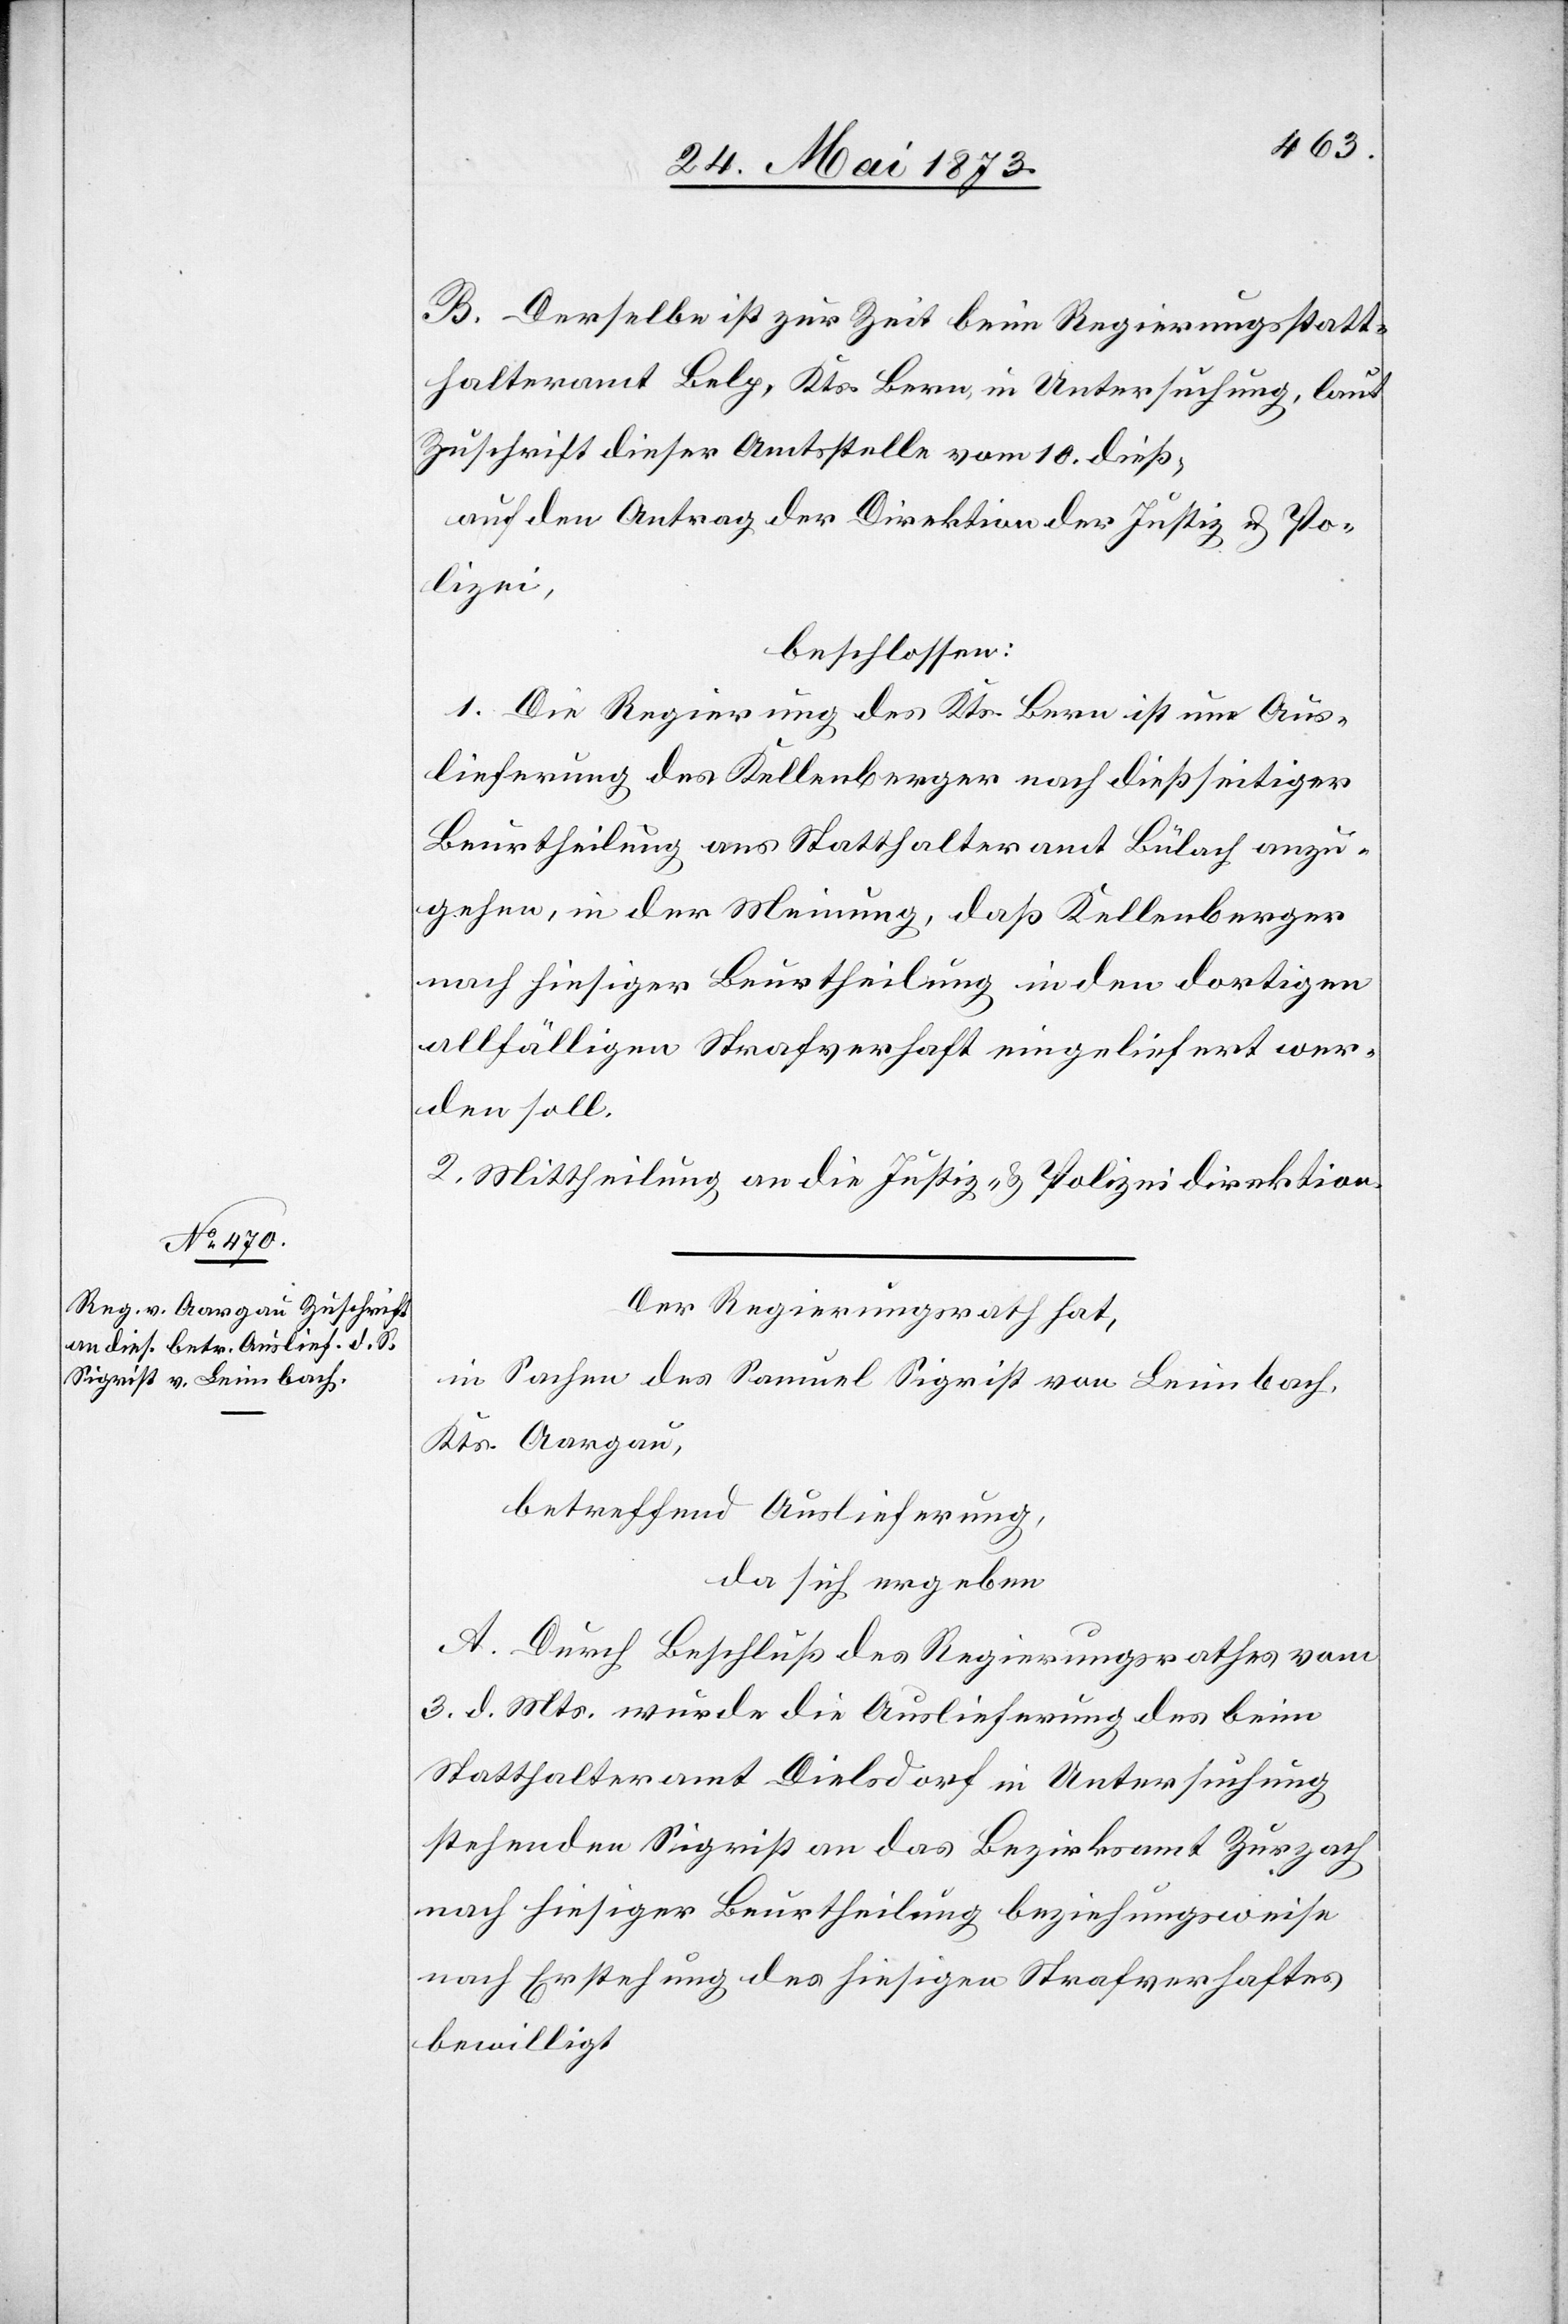
B. Derselbe ist zur Zeit beim Regierungsstatt¬
halteramt Belp, Kts. Bern, in Untersuchung, laut
Zuschrift dieser Amtsstelle vom 10. dieß,
auf den Antrag der Direktion der Justiz & Po¬
lizei,
beschlossen:
1. Die Regierung des Kts. Bern ist um Aus¬
lieferung des Kellenberger nach dießseitiger
Beurtheilung ans Statthalteramt Bülach anzu¬
gehen, in der Meinung, daß Kellenberger
nach hiesiger Beurtheilung in den dortigen
allfälligen Strafverhalt eingeliefert wer¬
den soll.
2. Mittheilung an die Justiz- & Polizeidirektion.
Der Regierungsrath hat,
in Sachen des Samuel Sigrist von Leimbach,
Kts. Aargau,
betreffend Auslieferung,
da sich ergeben
A. Durch Beschluß des Regierungsrathes vom
3. d. Mts. wurde die Auslieferung des beim
Statthalteramt Dielsdorf in Untersuchung
stehenden Sigrist an das Bezirksamt Zurzach
nach hiesiger Beurtheilung beziehungsweise
nach Erstehung des hiesigen Strafverhaltes
bewilligt.